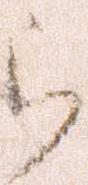
被